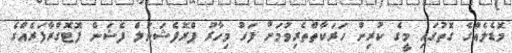
މޮޑެލެއްގެ ގޮތުގައި މީގެ ކުރިން ހަރަކާތްތެރިވުމަށް ފަހު މިހާރު ޕްރޮފެޝަނަލް ފެޝަން ފޮޓޮގްރާފަރެއްގެ